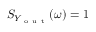
S _ { Y _ { \mathrm { ~ o ~ u ~ t ~ } } } ( \omega ) = 1